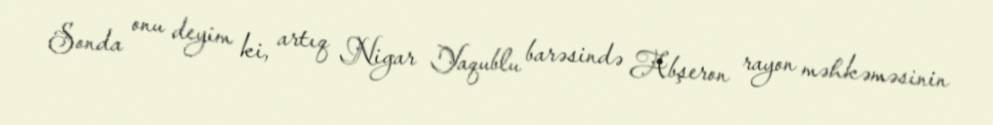
Sonda onu deyim ki, artıq Nigar Yaqublu barəsində Abşeron rayon məhkəməsinin